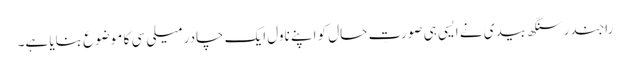
راجندر سنگھ بیدی نے ایسی ہی صورتِ حال کو اپنے ناول ایک چادر میلی سی کا موضوع بنایا ہے۔